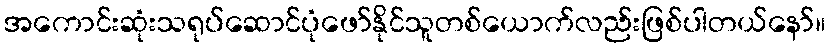
အကောင်းဆုံးသရုပ်ဆောင်ပုံဖော်နိုင်သူတစ်ယောက်လည်းဖြစ်ပါတယ်နော်။